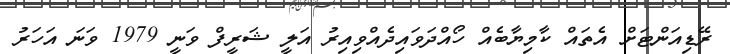
ރޭޑިއަންޓަށް އެތައް ކާމިޔާބެއް ހޯއްދަވައިދެއްވިއިރު އަލީ ޝަރީފް ވަނީ 1979 ވަނަ އަހަރު